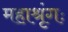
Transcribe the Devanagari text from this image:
महाश्रृंगः